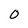
Character: 0